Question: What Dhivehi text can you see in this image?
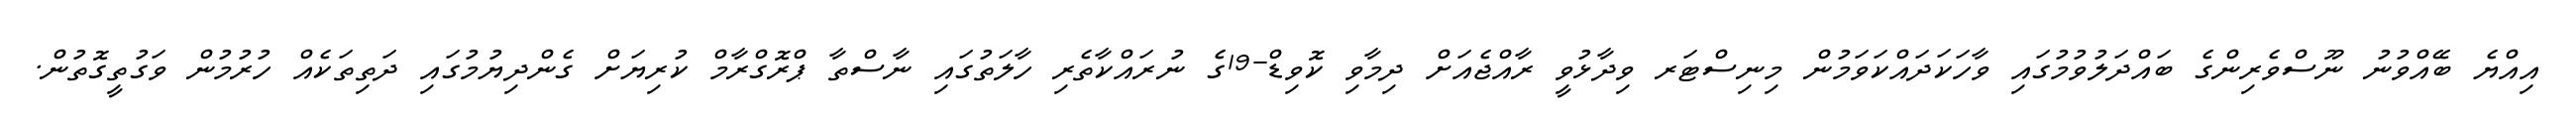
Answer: އިއްޔެ ބޭއްވުނު ނޫސްވެރިންގެ ބައްދަލުވުމުގައި ވާހަކަދައްކަވަމުން މިނިސްޓަރ ވިދާޅުވީ ރާއްޖެއަށް ދިމާވި ކޮވިޑް-19ގެ ނުރައްކާތެރި ހާލަތުގައި ނާސްތާ ޕްރޮގްރާމް ކުރިޔަށް ގެންދިޔުމުގައި ދަތިތަކެއް ހުރުމުން ވަގުތީގޮތުން.